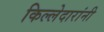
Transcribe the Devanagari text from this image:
किल्लेदारांनी